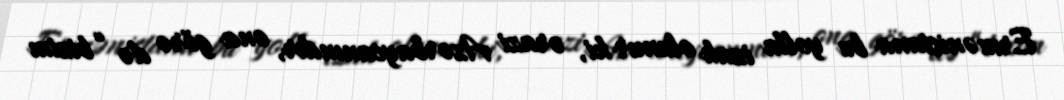
Ermənistana bu yolla izah olunur ki, ərazi Azərbaycanındır, ona görə də “bizim